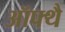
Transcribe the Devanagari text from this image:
ऑफ्थै